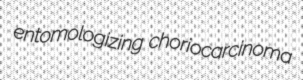
entomologizing choriocarcinoma